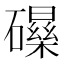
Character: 𱴺